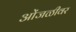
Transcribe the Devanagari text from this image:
ओंजळीवर